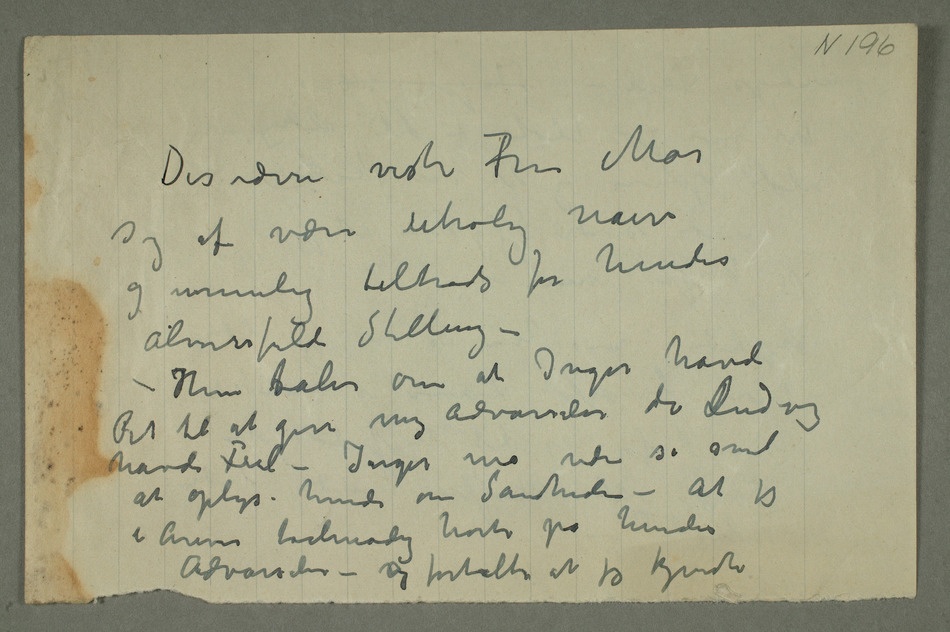
Desværre viste fru Moe
sig at være utrolig naiv
og umulig tiltrods for hendes
alvorsfulde Stilling –
– Hun staler om at Inger havde
Ret til at give mig advarsler da
havde Feil – Inger må være så snil
at oplyse hende om Sandheden – at jeg
i Årevis taalmodig hørte på hendes
Advarsler – og fortalte at jeg kjendte